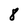
Character: 8